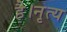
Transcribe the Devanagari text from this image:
है।नृत्य